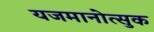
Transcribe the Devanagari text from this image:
यजमानोत्सुक